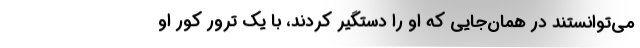
می‌توانستند در همان‌جایی که او را دستگیر کردند، با یک ترور کور او